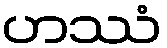
ဟဿံ